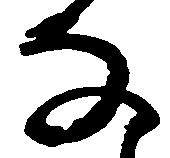
な